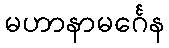
မဟာနာမင်္ဂေန